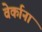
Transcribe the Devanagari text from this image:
वेर्काना